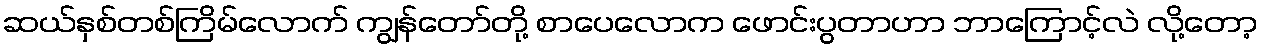
ဆယ်နှစ်တစ်ကြိမ်လောက် ကျွန်တော်တို့ စာပေလောက ဖောင်းပွတာဟာ ဘာကြောင့်လဲ လို့တော့